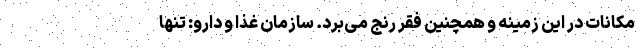
مکانات در این زمینه و همچنین فقر رنج می‌برد. سازمان غذا و دارو: تنها